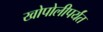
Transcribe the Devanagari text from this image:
खोपोलीपर्यंत